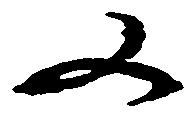
又